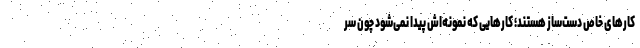
کارهای خاص دست‌ساز هستند؛ کارهایی که نمونه‌اش پیدا نمی‌شود چون سر